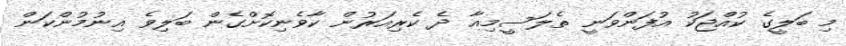
މި ބަލީގެ ކުއްޖަކު އުފަންވަނީ ތެލަސީމިއާ ދެ ކެރިއަރުން ކާވެނިކޮށްގެން ބަލިވެ އިނުމުންކަން